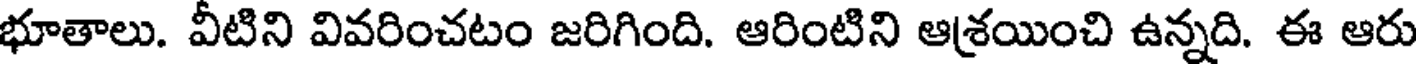
భూతాలు. వీటిని వివరించటం జరిగింది. ఆరింటిని ఆశ్రయించి ఉన్నది. ఈ ఆరు